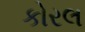
કોરલ